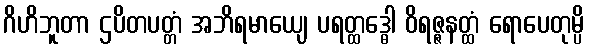
ဂိဟိဘူတာ ဌပိတပတ္တံ အဘိရမာယျေ ပရတ္ထဒ္ဓေါ ဝိရဇ္ဇနတ္ထံ ရောပေတုမ္ပိ